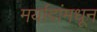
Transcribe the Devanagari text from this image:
मर्यादांमधून